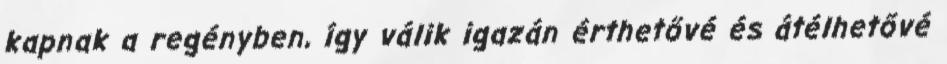
kapnak a regényben, így válik igazán érthetővé és átélhetővé